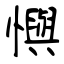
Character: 懙